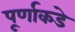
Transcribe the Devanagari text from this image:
पूर्णाकडे